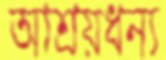
আশ্রয়ধন্য